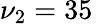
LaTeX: \nu_{2}=35\